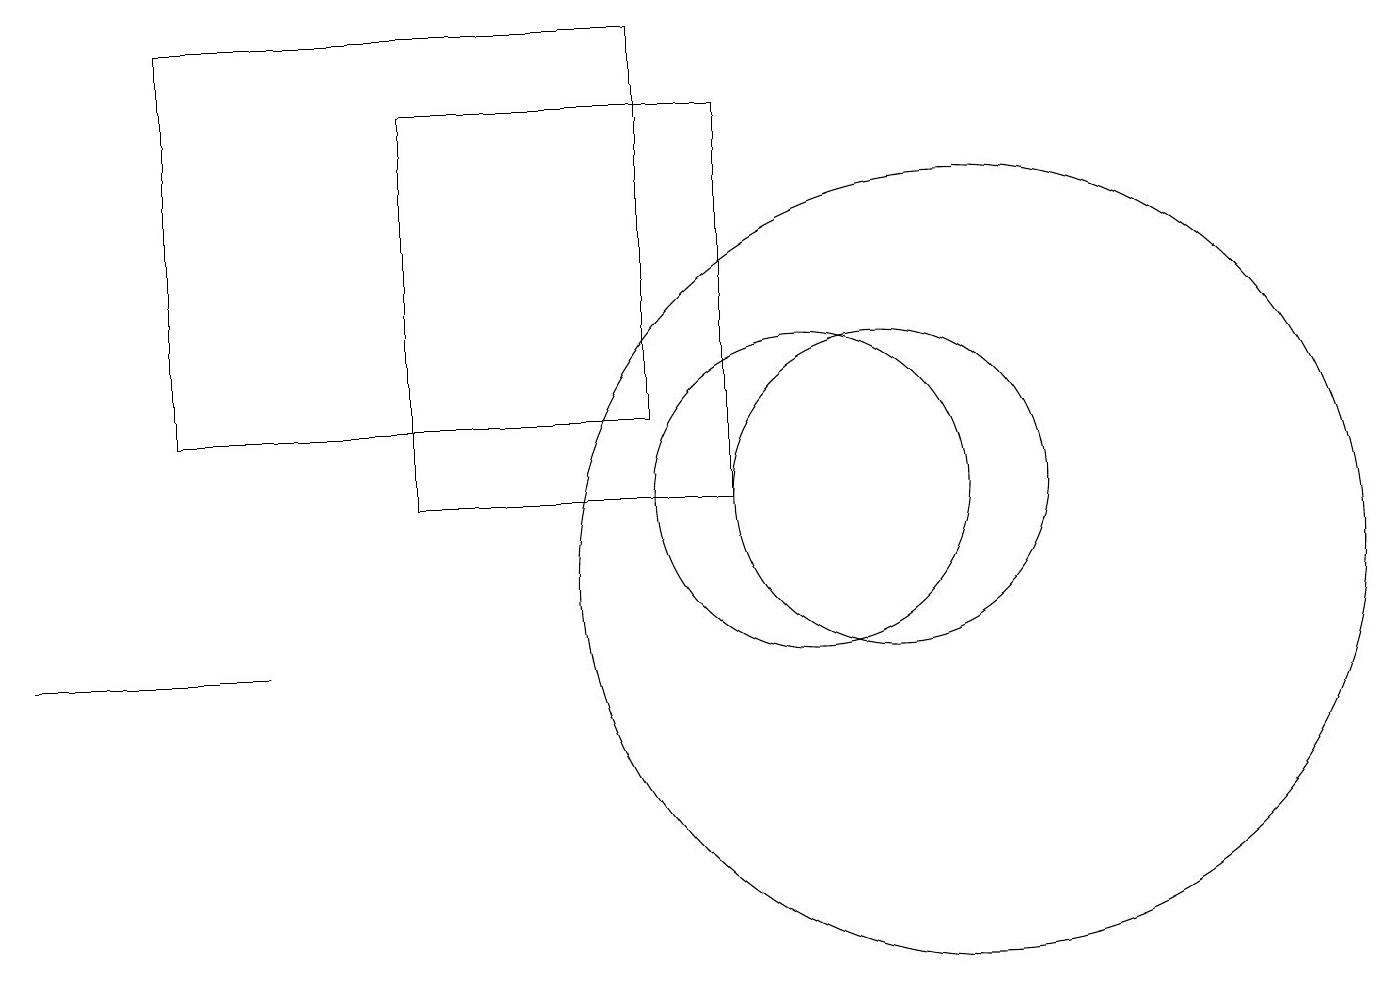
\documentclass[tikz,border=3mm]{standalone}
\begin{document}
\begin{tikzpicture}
\draw (0,10) rectangle (3,10);
\draw (8,13) rectangle (2,18);
\draw (10,12) circle (2);
\draw (12,11) circle (5);
\draw (11,12) circle (2);
\draw (9,17) rectangle (5,12);
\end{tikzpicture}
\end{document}